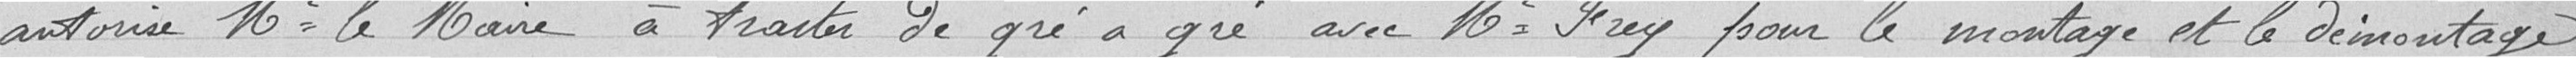
autorise monsieur le maire à traiter de gré à gré avec M. Frey pour le montage et le démontage